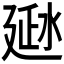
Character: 𰜂